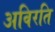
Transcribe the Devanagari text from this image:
अविरति